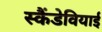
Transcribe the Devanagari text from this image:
स्कैंडेवियाई